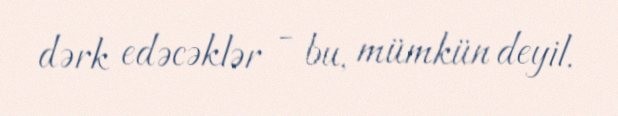
dərk edəcəklər - bu, mümkün deyil.